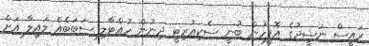
ރައީސް ނަޝީދުގެ އޮފީހުން ބުނީ ސެކިއުރިޓީ ދިނުން ހުއްޓާލި ސަބަބެއް ލައިލާ އަށް